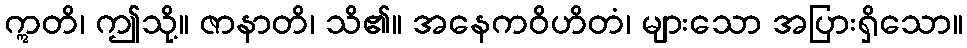
ဣတိ၊ ဤသို့။ ဇာနာတိ၊ သိ၏။ အနေကဝိဟိတံ၊ များသော အပြားရှိသော။